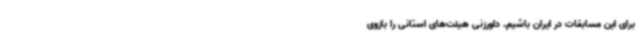
برای این مسابقات در ایران باشیم. داورزنی هیئت‌های استانی را بازوی